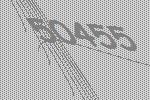
50455